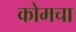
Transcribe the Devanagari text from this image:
कोमचा